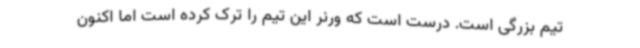
تیم بزرگی است. درست است که ورنر این تیم را ترک کرده است اما اکنون